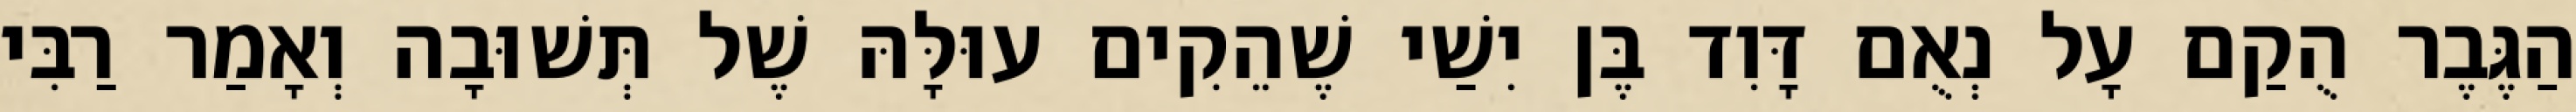
הַגֶּבֶר הֻקַם עָל נְאֻם דָּוִד בֶּן יִשַׁי שֶׁהֵקִים עוּלָּהּ שֶׁל תְּשׁוּבָה וְאָמַר רַבִּי